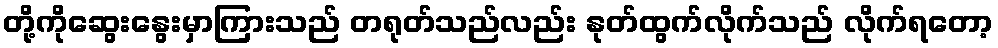
တို့ကိုဆွေးနွေးမှာကြားသည် တရုတ်သည်လည်း နုတ်ထွက်လိုက်သည် လိုက်ရတော့